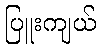
ပြူးကျယ်